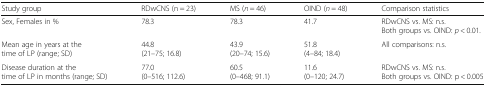
<table><thead><tr><td><b>Study group</b></td><td><b>RDwCNS (n = 23)</b></td><td><b>MS (<i>n</i> = 46)</b></td><td><b>OIND (<i>n</i> = 48)</b></td><td><b>Comparison statistics</b></td></tr></thead><tbody><tr><td>Sex, Females in %</td><td>78.3</td><td>78.3</td><td>41.7</td><td>RDwCNS vs. MS: n.s.Both groups vs. OIND: <i>p</i> &lt; 0.01.</td></tr><tr><td>Mean age in years at the time of LP (range; SD)</td><td>44.8(21–75; 16.8)</td><td>43.9(20–74; 15.6)</td><td>51.8(4–84; 18.4)</td><td>All comparisons: n.s.</td></tr><tr><td>Disease duration at the time of LP in months (range; SD)</td><td>77.0(0–516; 112.6)</td><td>60.5(0–468; 91.1)</td><td>11.6(0–120; 24.7)</td><td>RDwCNS vs. MS: n.s.Both groups vs. OIND: p &lt; 0.005</td></tr></tbody></table>